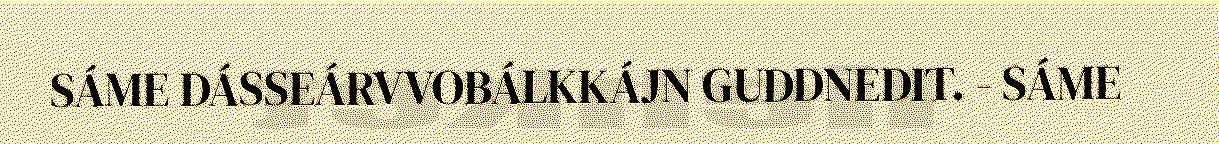
SÁME DÁSSEÁRVVOBÁLKKÁJN GUDDNEDIT. - SÁME